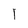
Character: l